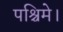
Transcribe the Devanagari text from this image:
पश्चिमे।